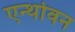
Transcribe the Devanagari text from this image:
एन्थोवन